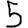
Digit: 5